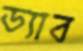
ড্যাব